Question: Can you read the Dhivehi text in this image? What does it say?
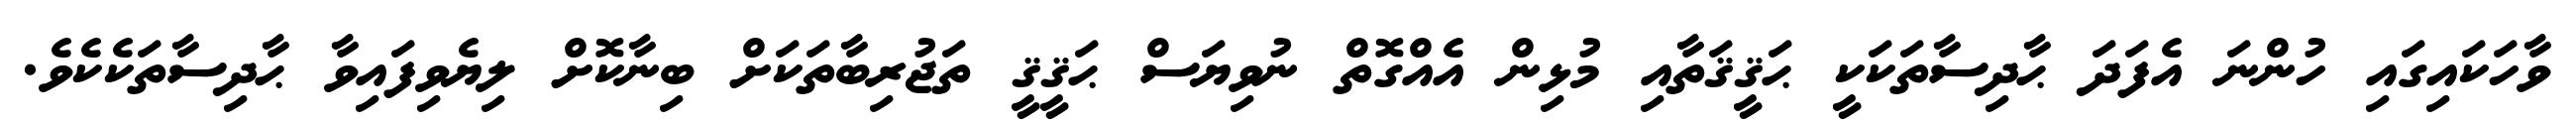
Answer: ވާހަކައިގައި ހުންނަ އެފަދަ ޙާދިސާތަކަކީ ޙަޤީޤަތާއި މުޅިން އެއްގޮތް ނުވިޔަސް ޙަޤީޤީ ތަޖުރިބާތަކަށް ބިނާކޮށް ލިޔެވިފައިވާ ޙާދިސާތަކެކެވެ.